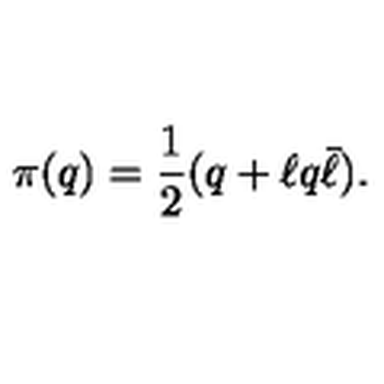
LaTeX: \pi ( q ) = { \frac { 1 } { 2 } } ( q + \ell q \bar { \ell } ) .